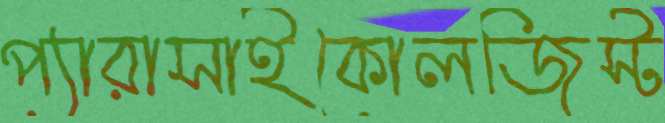
প্যারাসাইকোলজিস্ট